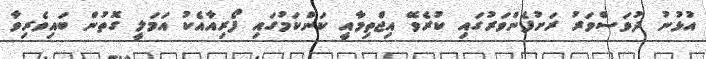
އުޅުނު ދުވަސްވަރު ރަށުފެންވަރުގައި ކުރެވޭ އިޖްތިމާއީ ކަންކަމުގައި ފޯރިއާއެކު އަމަލީ ގޮތުން ބައިވެރިވާ